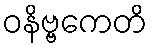
ဝနိဗ္ဗကေတိ